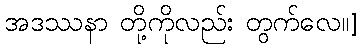
အဒဿနာ တို့ကိုလည်း တွက်လေ။]